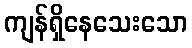
ကျန်ရှိနေသေးသော